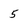
Character: 5